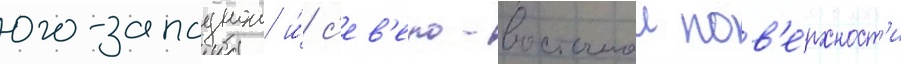
юго-западнои и́ с'ев'еро-восточнои пов'е́рхност'и